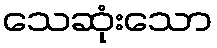
သေဆုံးသော